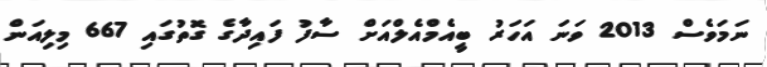
ނަމަވެސް 2013 ވަނަ އަހަރު ބީއެމްއެލްއަށް ސާފު ފައިދާގެ ގޮތުގައި 667 މިލިއަން